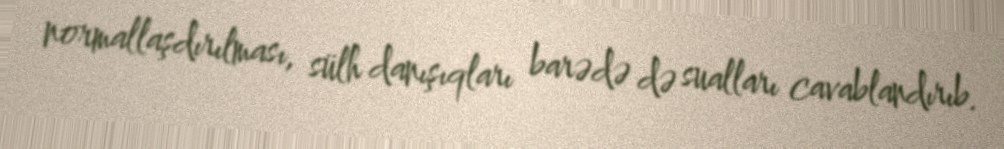
normallaşdırılması, sülh danışıqları barədə də sualları cavablandırıb.